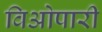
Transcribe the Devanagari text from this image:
विओपारी